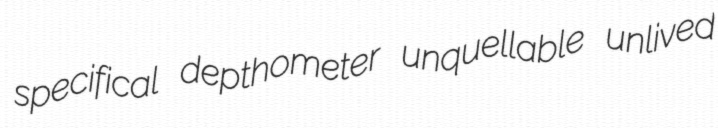
specifical depthometer unquellable unlived